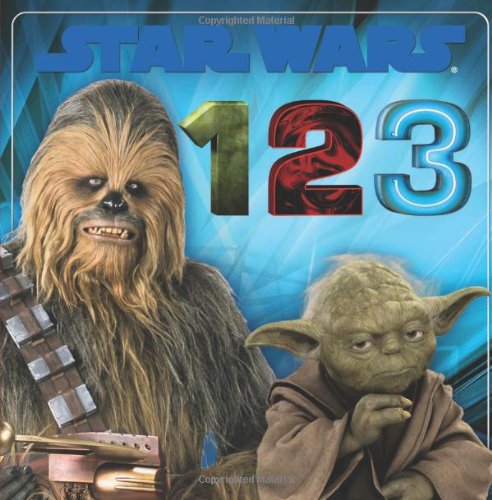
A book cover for Star Wars: 1, 2, 3; Scholastic; Children's Books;